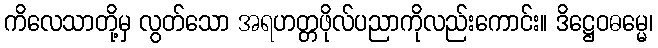
ကိလေသာတို့မှ လွတ်သော အရဟတ္တဖိုလ်ပညာကိုလည်းကောင်း။ ဒိဋ္ဌေဝဓမ္မေ၊